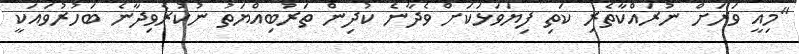
"މިއީ ވަރަށް ނުރައްކާތެރި ކަތި ފިޔަވަޅަކަށް ވެދާނެ ކުދިން ތަރުބިއްޔަތު ނުކުރެވިދާނެ ބަހުރުވައަކީ